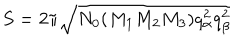
S = 2 \pi \sqrt { N _ { 0 } ( M _ { 1 } M _ { 2 } M _ { 3 } ) q _ { \alpha } ^ { 2 } q _ { \beta } ^ { 2 } }